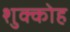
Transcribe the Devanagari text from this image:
शुक्कोह